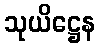
သုယိဋ္ဌေန